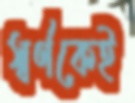
স্বর্ণকেই